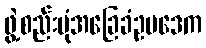
ဖွဲ့စည်းပုံအခြေခံဥပဒေက